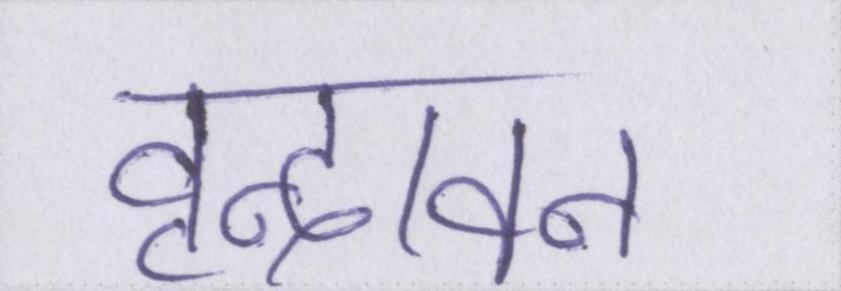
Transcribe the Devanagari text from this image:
वृन्दावन